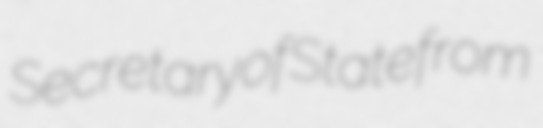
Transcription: Secretary of State from